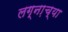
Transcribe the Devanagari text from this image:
लग्ना़च्या